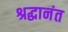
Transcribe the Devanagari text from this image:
श्रद्धानंत